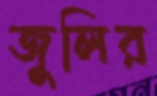
জুলির